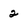
Character: 2